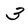
Character: 3